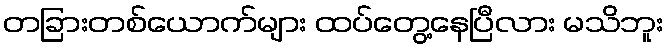
တခြားတစ်ယောက်များ ထပ်တွေ့နေပြီလား မသိဘူး